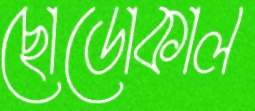
ছোডোকাল